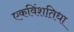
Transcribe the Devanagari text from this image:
एकविंशतिधा